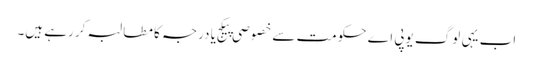
اب یہی لوگ یوپی اے حکومت سے خصوصی پیکج یا درجہ کا مطالبہ کر رہے ہیں۔